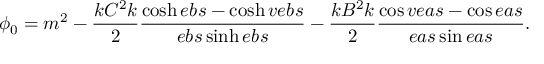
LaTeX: \phi _ { 0 } = m ^ { 2 } - \frac { k C ^ { 2 } k } { 2 } \frac { \cosh e b s - \cosh v e b s } { e b s \sinh e b s } - \frac { k B ^ { 2 } k } { 2 } \frac { \cos v e a s - \cos e a s } { e a s \sin e a s } .